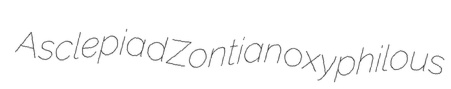
Asclepiad Zontian oxyphilous